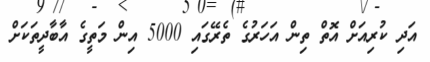
އަދި ކުރިއަށް އޮތް ތިން އަހަރުގެ ތެރޭގައި 5000 އިން މަތީގެ އާބާދީތަކަށް